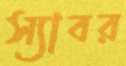
স্যাবর